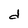
Character: d